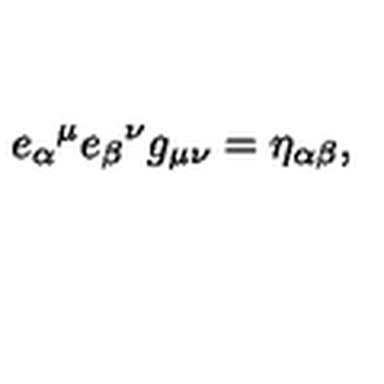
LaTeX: { e _ { \alpha } } ^ { \mu } { e _ { \beta } } ^ { \nu } g _ { \mu \nu } = \eta _ { \alpha \beta } ,